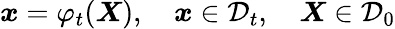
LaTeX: \boldsymbol{x}={\varphi}_{t}(\boldsymbol{X}),\quad\boldsymbol{x}\in{\mathcal D}_{t},\quad\boldsymbol{X}\in{\mathcal D}_{0}